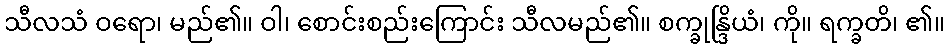
သီလသံ ဝရော၊ မည်၏။ ဝါ၊ စောင်းစည်းကြောင်း သီလမည်၏။ စက္ခုန္ဒြိယံ၊ ကို။ ရက္ခတိ၊ ၏။